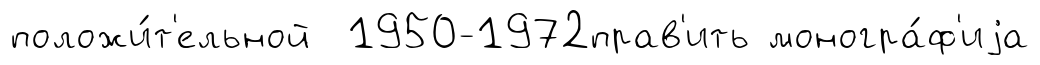
положи́т'ельной 1950-1972прав'ить моногра́ф'иjа